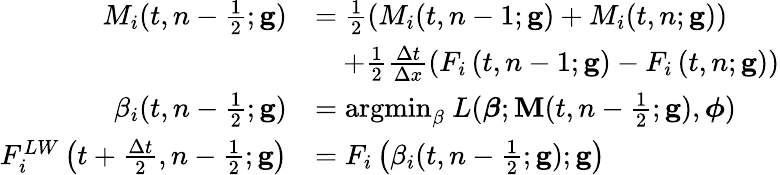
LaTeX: \begin{array}{rl}{M_{i}(t,n-\frac{1}{2};\mathbf{g})}&{=\frac{1}{2}\left(M_{i}(t,n-1;\mathbf{g})+M_{i}(t,n;\mathbf{g})\right)}\\ &{\quad+\frac{1}{2}\frac{\Delta t}{\Delta x}\left(F_{i}\left(t,n-1;\mathbf{g}\right)-F_{i}\left(t,n;\mathbf{g}\right)\right)}\\ {\beta_{i}(t,n-\frac{1}{2};\mathbf{g})}&{=\mathrm{argmin}_{\beta}\ L(\boldsymbol{\beta};\mathbf{M}(t,n-\frac{1}{2};\mathbf{g}),\boldsymbol{\phi})}\\ {F_{i}^{LW}\left(t+\frac{\Delta t}{2},n-\frac{1}{2};\mathbf{g}\right)}&{=F_{i}\left(\beta_{i}(t,n-\frac{1}{2};\mathbf{g});\mathbf{g}\right)}\end{array}